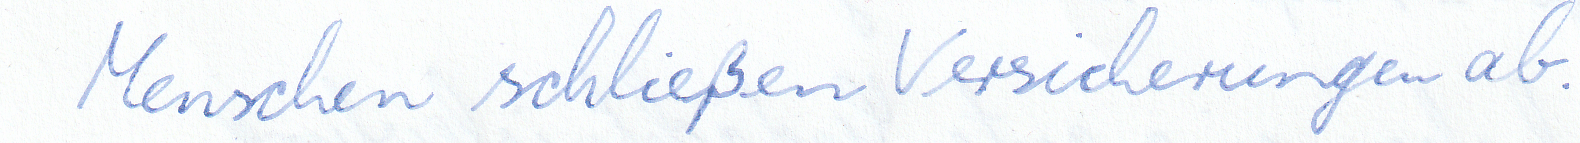
Menschen schließen Versicherungen ab.